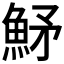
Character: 𩶒